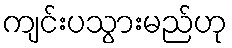
ကျင်းပသွားမည်ဟု